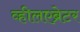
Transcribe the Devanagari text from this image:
व्हीलएब्रेटर